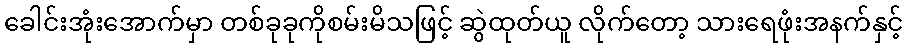
ခေါင်းအုံးအောက်မှာ တစ်ခုခုကိုစမ်းမိသဖြင့် ဆွဲထုတ်ယူ လိုက်တော့ သားရေဖုံးအနက်နှင့်